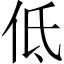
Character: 低